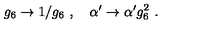
g _ { 6 } \rightarrow 1 / g _ { 6 } \ , \quad \alpha ^ { \prime } \rightarrow \alpha ^ { \prime } g _ { 6 } ^ { 2 } \ .